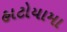
હાટોયામા